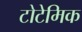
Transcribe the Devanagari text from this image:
टोटेमिक